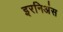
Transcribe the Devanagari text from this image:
इरनिअंस